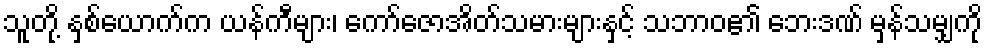
သူတို့ နှစ်ယောက်က ယန်ကီများ၊ ကော်ဇောအိတ်သမားများနှင့် သဘာဝ၏ ဘေးဒဏ် မှန်သမျှကို